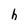
Character: h